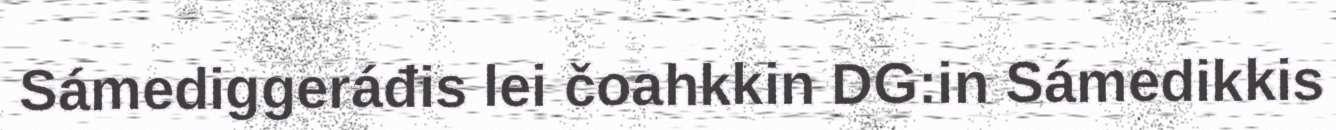
Sámediggeráđis lei čoahkkin DG:in Sámedikkis